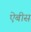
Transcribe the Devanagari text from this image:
ऐबीस